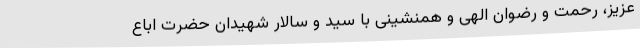
عزیز، رحمت و رضوان الهی و همنشینی با سید و سالار شهیدان حضرت اباع